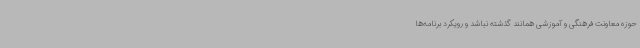
حوزه معاونت فرهنگی و آموزشی همانند گذشته نباشد و رویکرد برنامه‌ها